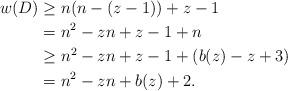
LaTeX: \begin{align*}w(D) &\ge n(n-(z-1)) + z-1 \\&= n^2 - zn + z -1 + n\\&\ge n^2 - zn + z - 1 + (b(z) - z + 3)\\&= n^2 - zn + b(z) + 2.\end{align*}